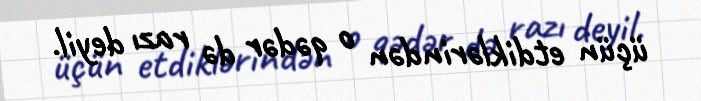
üçün etdiklərindən o qədər də razı deyil.